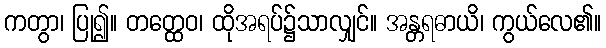
ကတွာ၊ ပြု၍။ တတ္ထေဝ၊ ထိုအရပ်၌သာလျှင်။ အန္တရဓာယိ၊ ကွယ်လေ၏။